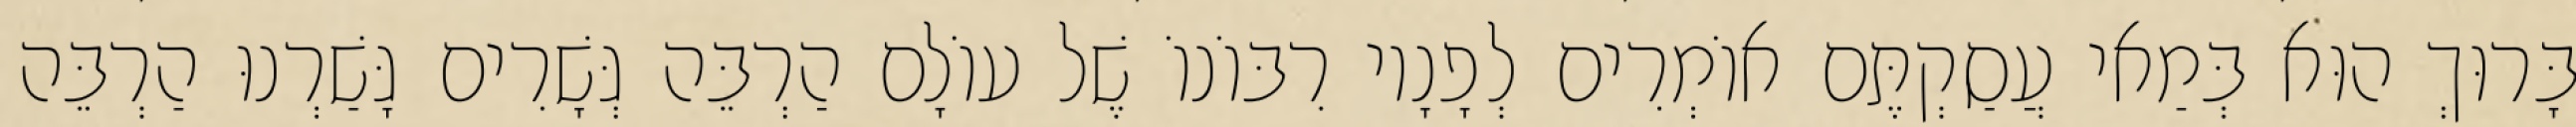
בָּרוּךְ הוּא בְּמַאי עֲסַקְתֶּם אוֹמְרִים לְפָנָיו רִבּוֹנוֹ שֶׁל עוֹלָם הַרְבֵּה גְּשָׁרִים גָּשַׁרְנוּ הַרְבֵּה